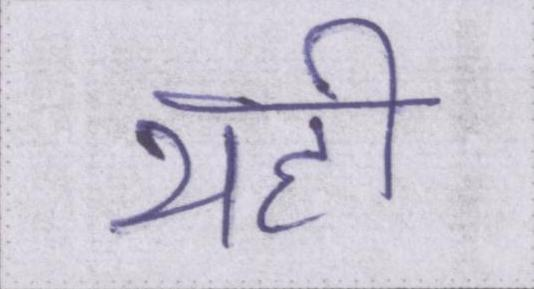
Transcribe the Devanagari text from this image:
यही